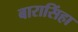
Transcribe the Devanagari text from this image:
बारासिंहा